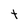
Character: t